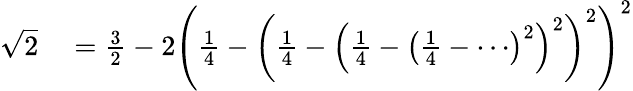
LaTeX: \begin{array}{rl}{{\sqrt{2}}}&{{}={\frac{3}{2}}-2\left({\frac{1}{4}}-\left({\frac{1}{4}}-\left({\frac{1}{4}}-\left({\frac{1}{4}}-\cdots\right)^{2}\right)^{2}\right)^{2}\right)^{2}}\end{array}